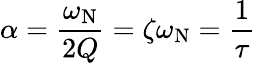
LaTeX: \alpha={\frac{\omega_{\mathrm{N}}}{2Q}}=\zeta\omega_{\mathrm{N}}={\frac{1}{\tau}}